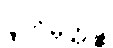
ပူတိမုတ္တဉ္စ